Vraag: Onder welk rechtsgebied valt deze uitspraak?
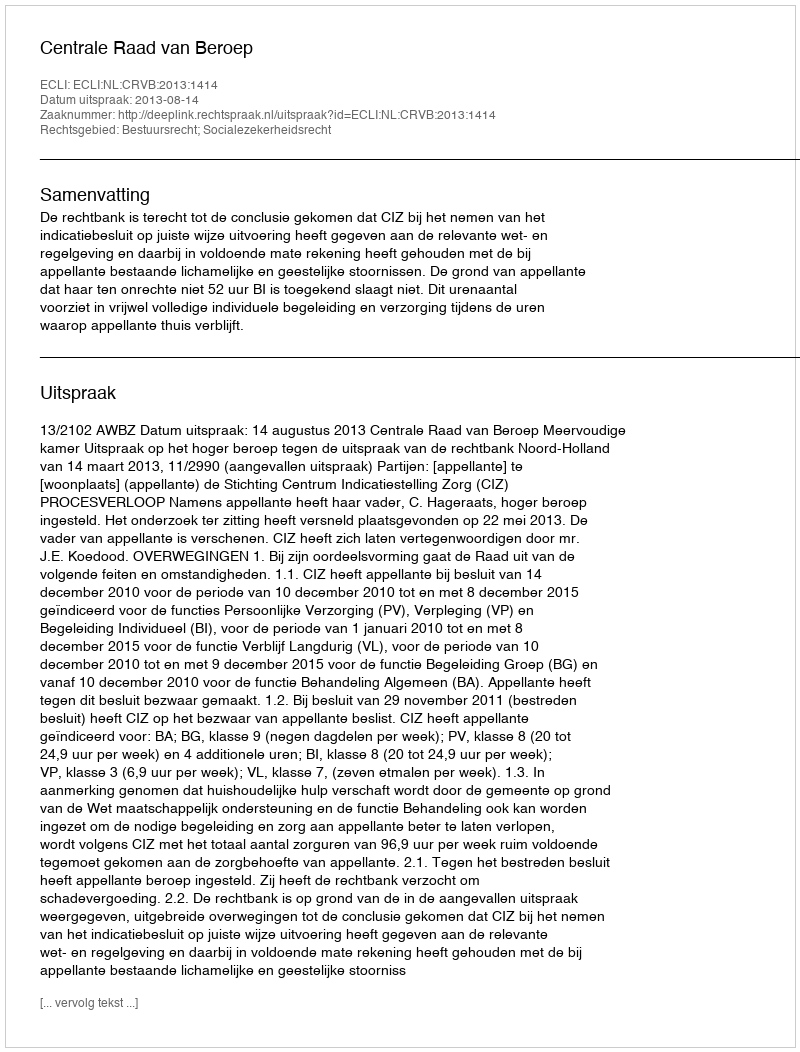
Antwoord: Bestuursrecht; Socialezekerheidsrecht